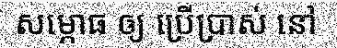
សម្ភោធ ឲ្យ ប្រើប្រាស់ នៅ